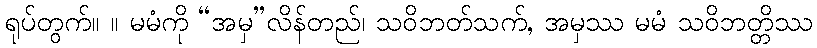
ရုပ်တွက်။ ။ မမံကို “အမှ”လိန်တည်၊ သဝိဘတ်သက်, အမှဿ မမံ သဝိဘတ္တိဿ